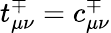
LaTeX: t_{\mu\nu}^{\mp}=c_{\mu\nu}^{\mp}